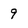
Character: 9